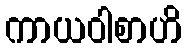
ကာယဝါစာဟိ